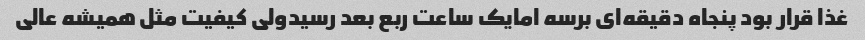
غذا قرار بود پنجاه دقیقه‌ای برسه امایک ساعت ربع بعد رسیدولی کیفیت مثل همیشه عالی